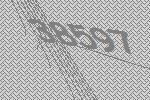
38597